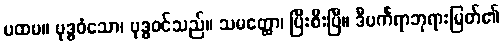
ပထမ။ ဗုဒ္ဓဝံသော၊ ဗုဒ္ဓဝင်သည်။ သမတ္ထော၊ ပြီးစီးပြီ။ ဒီပင်္ကရာဘုရားမြတ်၏